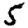
Digit: 5